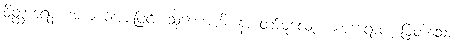
ဝိတ္ထာရေန၊ အကျယ်အားဖြင့်။ သုဏောဟိ၊ နာတော်မူလော့။ မဟာရာဇ၊ မြတ်သော